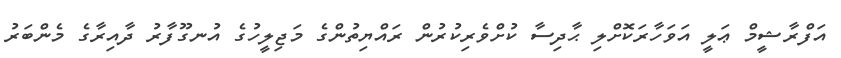
އަފްރާޝީމް ޢަލީ އަވަހާރަކޮށްލި ޙާދިސާ ކުށްވެރިކުރުން ރައްޔިތުންގެ މަޖިލީހުގެ އުނގޫފާރު ދާއިރާގެ މެންބަރު